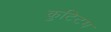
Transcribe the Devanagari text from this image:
कुटिटम